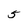
Character: 5